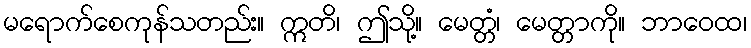
မရောက်စေကုန်သတည်း။ ဣတိ၊ ဤသို့။ မေတ္တံ၊ မေတ္တာကို။ ဘာဝေထ၊